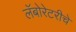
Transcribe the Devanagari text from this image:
लॅबोरेटरीचे